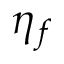
\eta _ { f }